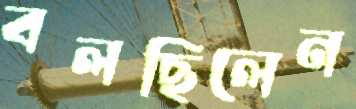
বলছিলেন